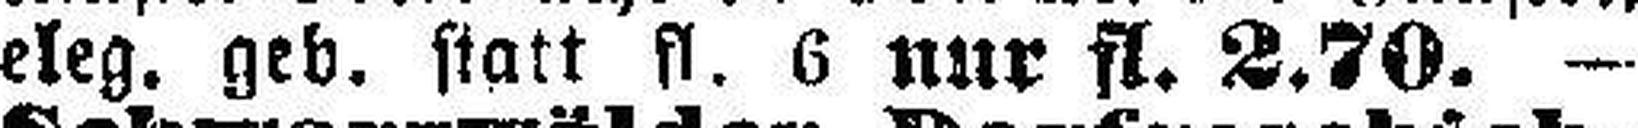
eleg. geb. statt fl. 6 nur fl. 2.70. —